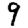
Digit: 9